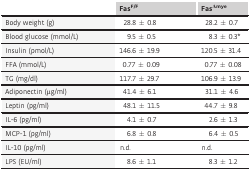
|  | FasF/F | FasΔmye |
 | --- | --- | --- |
 | Body weight (g) | 28.8 ± 0.8 | 28.2 ± 0.7 |
 | Blood glucose (mmol/L) | 9.5 ± 0.5 | 8.3 ± 0.3* |
 | Insulin (pmol/L) | 146.6 ± 19.9 | 120.5 ± 31.4 |
 | FFA (mmol/L) | 0.77 ± 0.09 | 0.77 ± 0.08 |
 | TG (mg/dl) | 117.7 ± 29.7 | 106.9 ± 13.9 |
 | Adiponectin (μg/ml) | 41.4 ± 6.1 | 31.1 ± 4.6 |
 | Leptin (pg/ml) | 48.1 ± 11.5 | 44.7 ± 9.8 |
 | IL-6 (pg/ml) | 4.1 ± 0.7 | 2.6 ± 1.3 |
 | MCP-1 (pg/ml) | 6.8 ± 0.8 | 6.4 ± 0.5 |
 | IL-10 (pg/ml) | n.d. | n.d. |
 | LPS (EU/ml) | 8.6 ± 1.1 | 8.3 ± 1.2 |